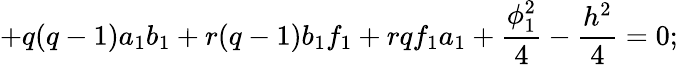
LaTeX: +q(q-1)a_{1}b_{1}+r(q-1)b_{1}f_{1}+rqf_{1}a_{1}+\frac{\phi_{1}^{2}}{4}-\frac{h^{2}}{4}=0;